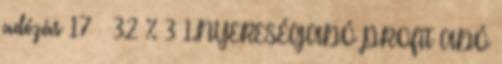
adózás 17 – 32 % 3 1.NYERESÉGADÓ PROFIT ADÓ